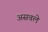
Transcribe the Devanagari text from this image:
असवले